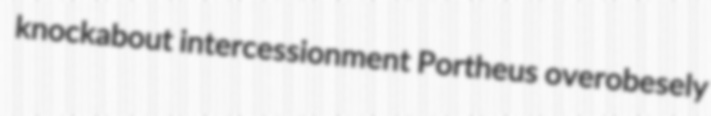
knockabout intercessionment Portheus overobesely